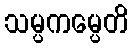
သမ္ပကမ္ပေတိ